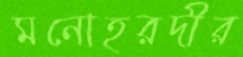
মনোহরদীর